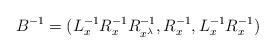
LaTeX: \begin{align*} B^{-1}=(L_{x}^{-1}R_{x}^{-1}R_{x^\lambda}^{-1}, R_{x}^{-1}, L_{x}^{-1}R_{x}^{-1})\end{align*}